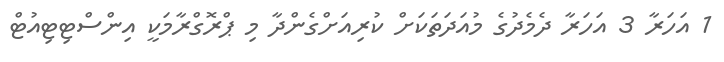
1 އަހަރާ 3 އަހަރާ ދެމެދުގެ މުއަދަތަކަށް ކުރިއަށްގެންދާ މި ޕްރޮގްރާމަކީ އިންސްޓިޓިއުޓް